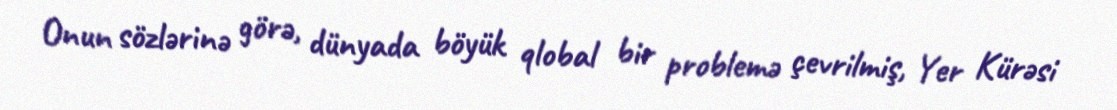
Onun sözlərinə görə, dünyada böyük qlobal bir problemə çevrilmiş, Yer Kürəsi